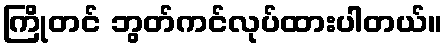
ကြိုတင် ဘွတ်ကင်လုပ်ထားပါတယ်။